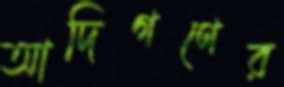
আদিগণের